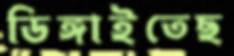
ডিঙ্গাইতেছ